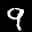
Label: 9